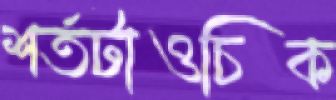
শর্তটাওচিক